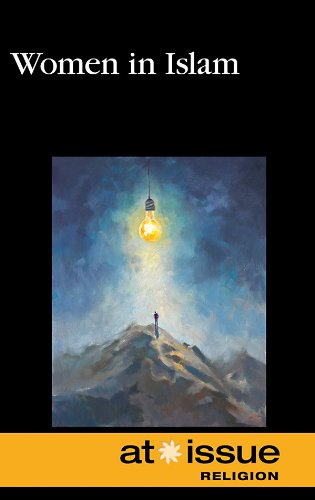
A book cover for Women in Islam (At Issue); Diane Andrews Henningfeld; Teen & Young Adult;